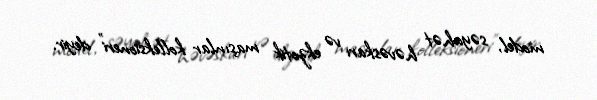
model, səyahət həvəskarı və ekzotik maşınlar kolleksioneri” deyir.